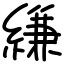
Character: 縑